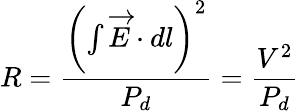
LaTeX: R={\frac{\left(\int{{\overrightarrow{E}}\cdot dl}\right)^{2}}{P_{d}}}={\frac{V^{2}}{P_{d}}}